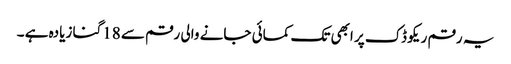
یہ رقم ریکو ڈک پر ابھی تک کمائی جانے والی رقم سے 18گنا زیادہ ہے ۔